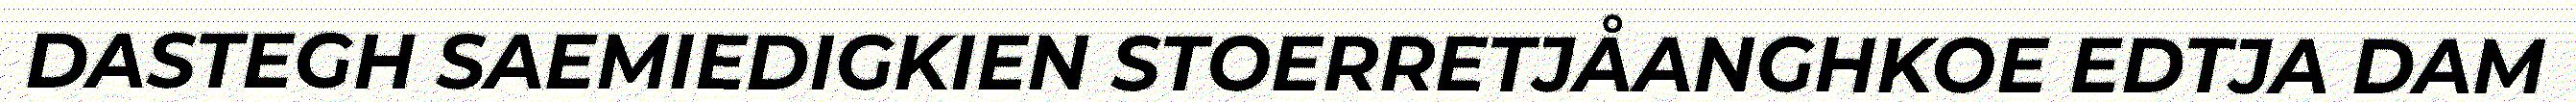
DASTEGH SAEMIEDIGKIEN STOERRETJÅANGHKOE EDTJA DAM